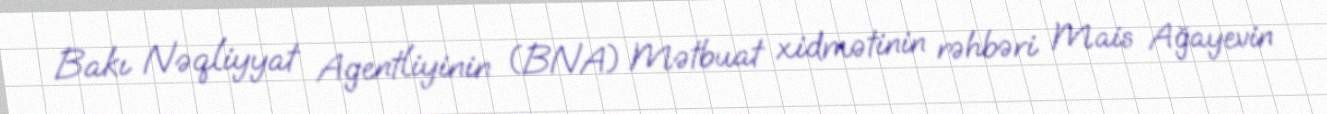
Bakı Nəqliyyat Agentliyinin (BNA) Mətbuat xidmətinin rəhbəri Mais Ağayevin